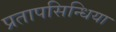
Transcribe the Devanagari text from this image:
प्रतापसिन्धिया